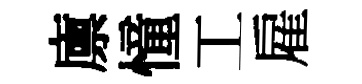
廪憧工雇